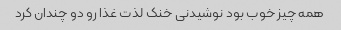
همه چیز خوب بود نوشیدنی خنک لذت غذا رو دو چندان کرد